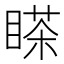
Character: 𰥸